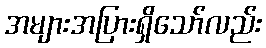
အများအပြားရှိသော်လည်း